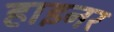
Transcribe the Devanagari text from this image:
हाइनर